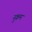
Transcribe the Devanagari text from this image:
नुक्रम